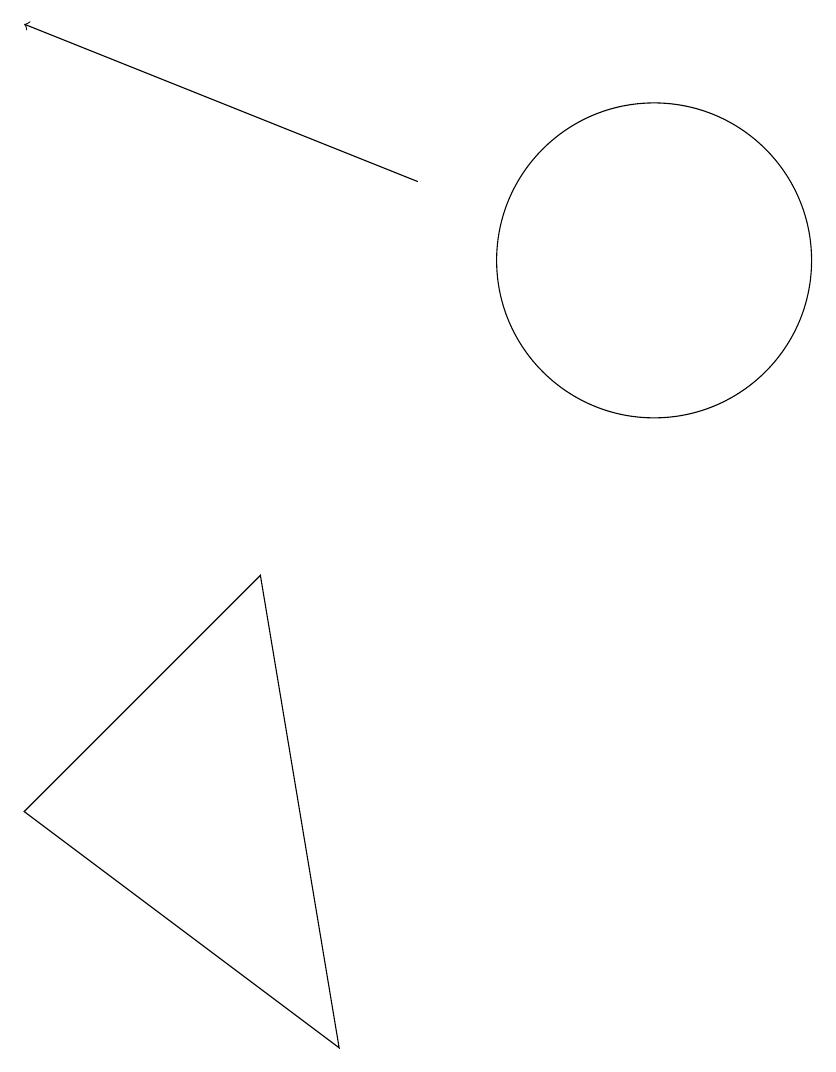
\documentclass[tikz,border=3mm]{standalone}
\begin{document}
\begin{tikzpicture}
\draw[->] (8,12) -- (3,14);
\draw (3,4) -- (7,1) -- (6,7) -- cycle;
\draw (11,11) circle (2);
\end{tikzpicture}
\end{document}